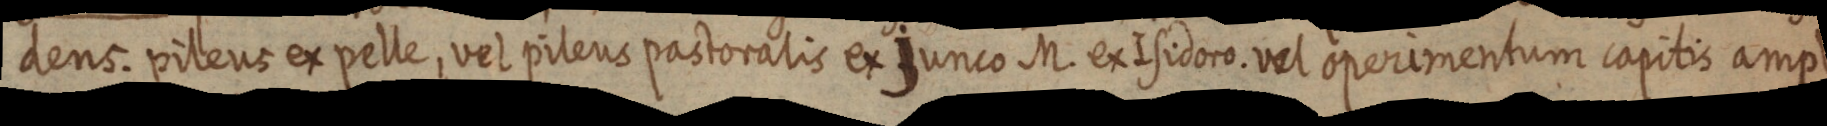
dens. pileus ex pelle, ver pilens pastoralis ex junco M. ex Isidoro. vel operimentum capitis amplum